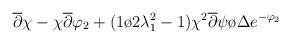
LaTeX: \begin{align*}\overline{\partial }\chi -\chi \overline{\partial }\varphi _{2}+({1\o {2\lambda_1^2}}-1){{\chi ^{2}\overline{\partial }\psi }\o \Delta }e^{-\varphi _{2}}\end{align*}